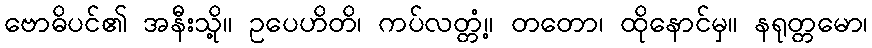
ဗောဓိပင်၏ အနီးသို့။ ဥပေဟိတိ၊ ကပ်လတ္တံ့။ တတော၊ ထိုနောင်မှ။ နရုတ္တမော၊